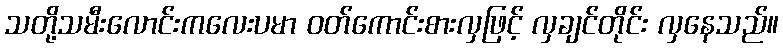
သတို့သမီးလောင်းကလေးပမာ ဝတ်ကောင်းစားလှဖြင့် လှချင်တိုင်း လှနေသည်။